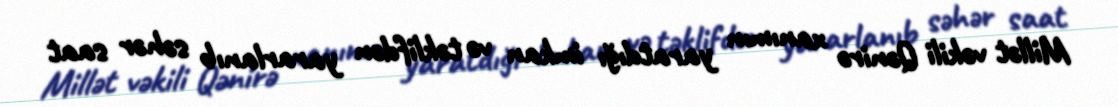
Millət vəkili Qənirə xanımın yaratdığı imkan və təklifdən yararlanıb səhər saat